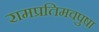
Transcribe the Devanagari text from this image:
रामप्रतिमवपुषा